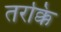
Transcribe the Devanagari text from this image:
तरक्कि